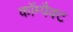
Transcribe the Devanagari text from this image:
काॅम्पैक्ट